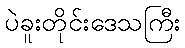
ပဲခူးတိုင်းဒေသကြီး